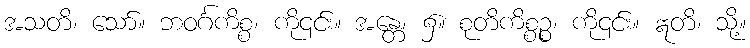
အသတိ၊ သော်။ ဘဝင်္ဂကိစ္စ၊ ကို၎င်း။ အန္တေ၊ ၌။ စုတိကိစ္စဉ္စ၊ ကို၎င်း။ ဣတိ၊ သို့။